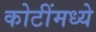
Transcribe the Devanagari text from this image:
कोटींमध्ये